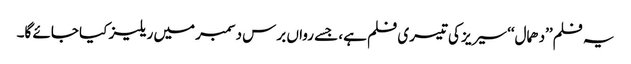
یہ فلم’’دھمال‘‘ سیریز کی تیسری فلم ہے، جسے رواں برس دسمبر میں ریلیز کیا جائے گا۔